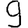
Digit: 9